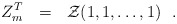
\begin{align*}Z_m^T~~=~~{\cal Z}(1,1, \dots, 1)~~. \end{align*}